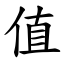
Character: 值